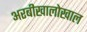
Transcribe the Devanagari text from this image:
अरबीखालोखाल